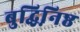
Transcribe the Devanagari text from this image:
बुद्धिनि़ष्ठ